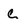
Character: c